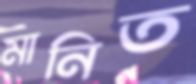
মানিত